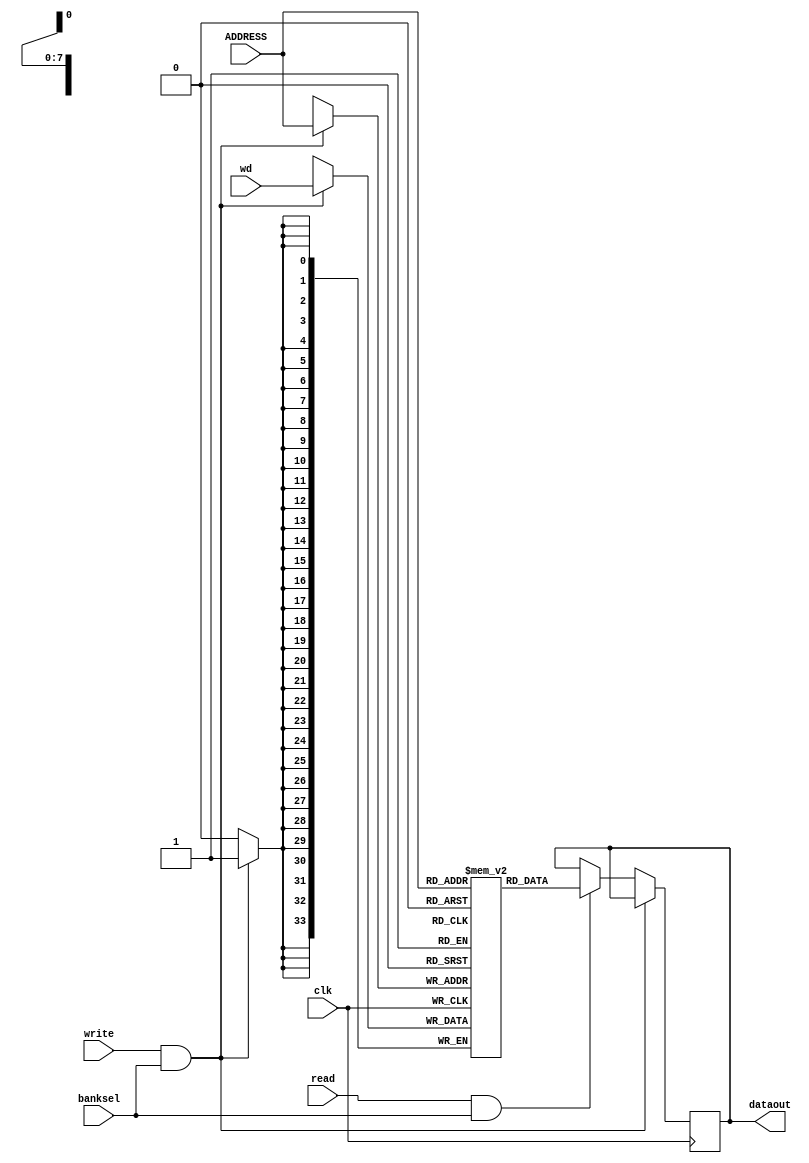
// synchronous SRAM verilog

module srambank_64x4x34_6t122 (
			    input clk
			  , input [7:0] ADDRESS          // address
			  , input [33:0] wd                // data to write
		       	  , input banksel                    // access enable
			  , input read                       // read enable
			  , input write                      // write enable
			  , output reg [33:0] dataout      // latched data output (only updated on read)
			    );

   reg [33:0] 				      mem [255:0];

   always @ (posedge(clk))
     begin                            // should have an error assert on read & write at once...
	if (write & banksel)
	  mem[ADDRESS] <= wd;
	else if (read & banksel)
	  dataout <= mem[ADDRESS];    // output is latched until next read, independent of writes
     end
endmodule //